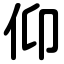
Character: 仰